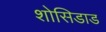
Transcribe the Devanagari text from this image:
शोसिडाड